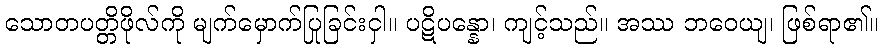
သောတပတ္တိဖိုလ်ကို မျက်မှောက်ပြုခြင်းငှါ။ ပဋိပန္နော၊ ကျင့်သည်။ အဿ ဘဝေယျ၊ ဖြစ်ရာ၏။